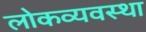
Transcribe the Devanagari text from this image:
लोकव्यवस्था